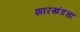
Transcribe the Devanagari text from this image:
झारखंडचा